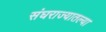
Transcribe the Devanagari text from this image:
संघराज्यातल्या